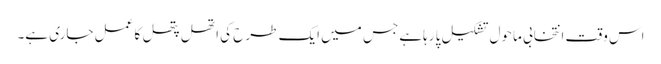
اس وقت انتخابی ماحول تشکیل پا رہاہے جس میں ایک طرح کی اتھل پتھل کا عمل جاری ہے۔